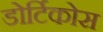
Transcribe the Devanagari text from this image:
डोर्टिकोस